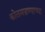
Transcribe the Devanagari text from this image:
कोलमडण्याच्या